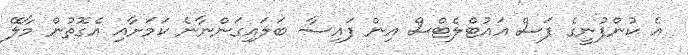
އެ ކުންފުނީގެ ފަސް އައުޓްލެޓްސް އިން ފައިސާ ބަލައިގަންނާނެ ކަމަށާއި އެގޮތުން މާލޭ